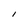
Character: I